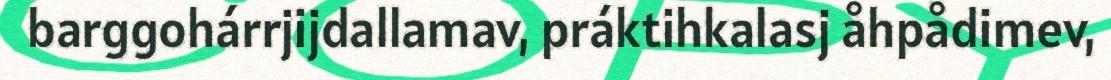
barggohárrjijdallamav, práktihkalasj åhpådimev,